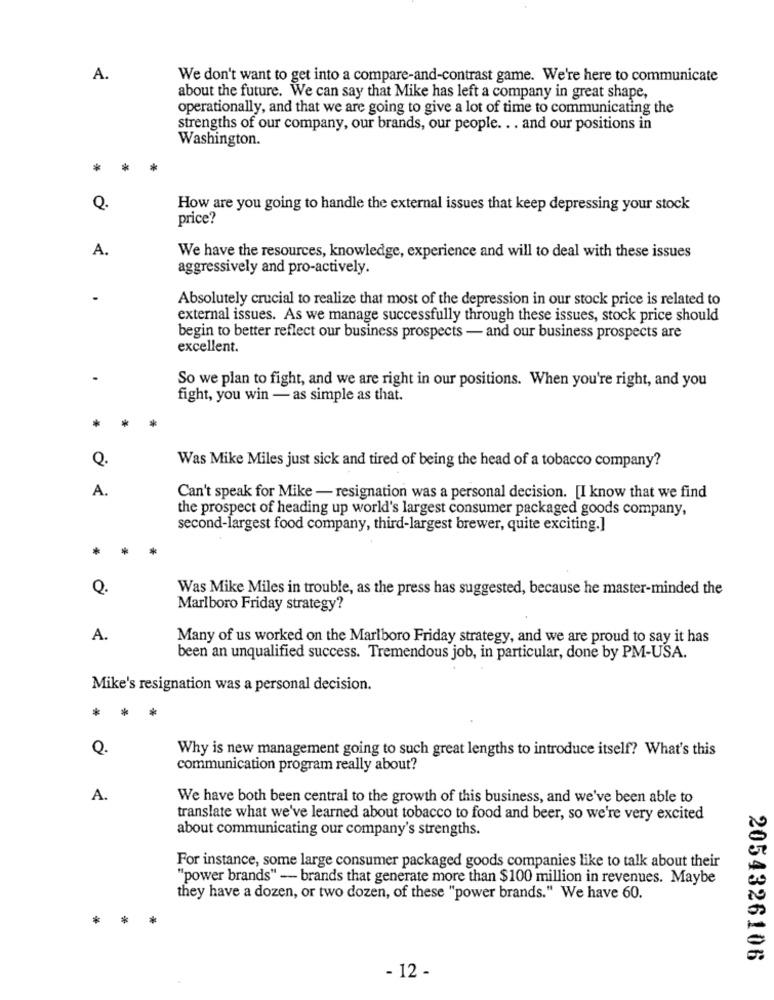
A.
We don't want to get into a compare-and-contrast game. We're here to communicate
about the future. We can say that Mike has left a company in great shape,
operationally, and that we are going to give a lot of time to communicating the
strengths of our company, our brands, our people. .. and our positions in
Washington.
*
*
Q.
How are you going to handle the external issues that keep depressing your stock
price?
A.
We have the resources, knowledge, experience and will to deal with these issues
aggressively and pro-actively.
Absolutely crucial to realize that most of the depression in our stock price is related to
external issues. As we manage successfully through these issues, stock price should
begin to better reflect our business prospects - and our business prospects are
excellent.
So we plan to fight, and we are right in our positions. When you're right, and you
fight, you win - as simple as that.
Q.
Was Mike Miles just sick and tired of being the head of a tobacco company?
A.
Can't speak for Mike - resignation was a personal decision. [I know that we find
the prospect of heading up world's largest consumer packaged goods company,
second-largest food company, third-largest brewer, quite exciting.]
Q.
Was Mike Miles in trouble, as the press has suggested, because he master-minded the
Marlboro Friday strategy?
A.
Many of us worked on the Marlboro Friday strategy, and we are proud to say it has
been an unqualified success. Tremendous job, in particular, done by PM-USA.
Mike's resignation was a personal decision.
*
Q.
Why is new management going to such great lengths to introduce itself? What's this
communication program really about?
A.
We have both been central to the growth of this business, and we've been able to
translate what we've learned about tobacco to food and beer, so we're very excited
about communicating our company's strengths.
For instance, some large consumer packaged goods companies like to talk about their
"power brands" - brands that generate more than $100 million in revenues. Maybe
they have a dozen, or two dozen, of these "power brands." We have 60.
*
2054326106
- 12 -